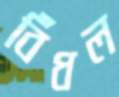
বিঁধল